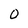
Character: 0